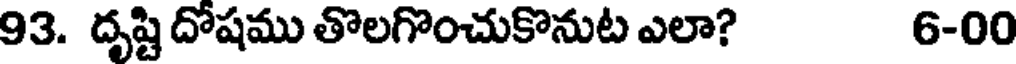
93. దృష్టి దోషము తొలగొంచుకొనుట ఎలా? 6-00